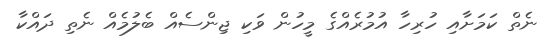
ނެތް ކަމަށާއި ހުރިހާ އުމުރެއްގެ މީހުން ވަކި ޖިންސެއް ބެލުމެއް ނެތި ދައްކާ